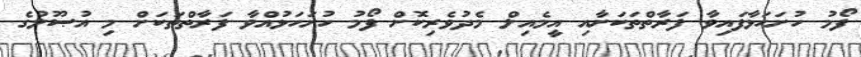
ފޯމު ހުށަހަޅާފައިވާ ފަރާތްތަކަށާއި އީމެއިލް މެދުވެރިކޮށް ފޯމު ހުށަހަޅުއްވާ ފަރާތްތަކަށް މި އުޞޫލުގެ